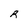
Character: R